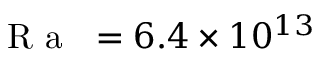
\mathrm { ~ \textit ~ { ~ R ~ a ~ } ~ } = 6 . 4 \times 1 0 ^ { 1 3 }